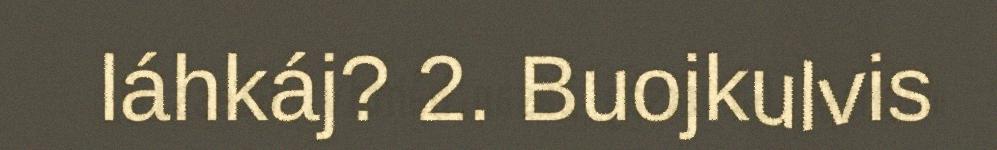
láhkáj? 2. Buojkulvis